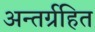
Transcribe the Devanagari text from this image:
अन्तर्ग्रहित